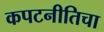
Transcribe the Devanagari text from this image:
कपटनीतिचा